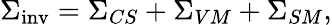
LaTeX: {\Sigma}_{\mathrm{inv}}={\Sigma}_{CS}+{\Sigma}_{VM}+{\Sigma}_{SM},